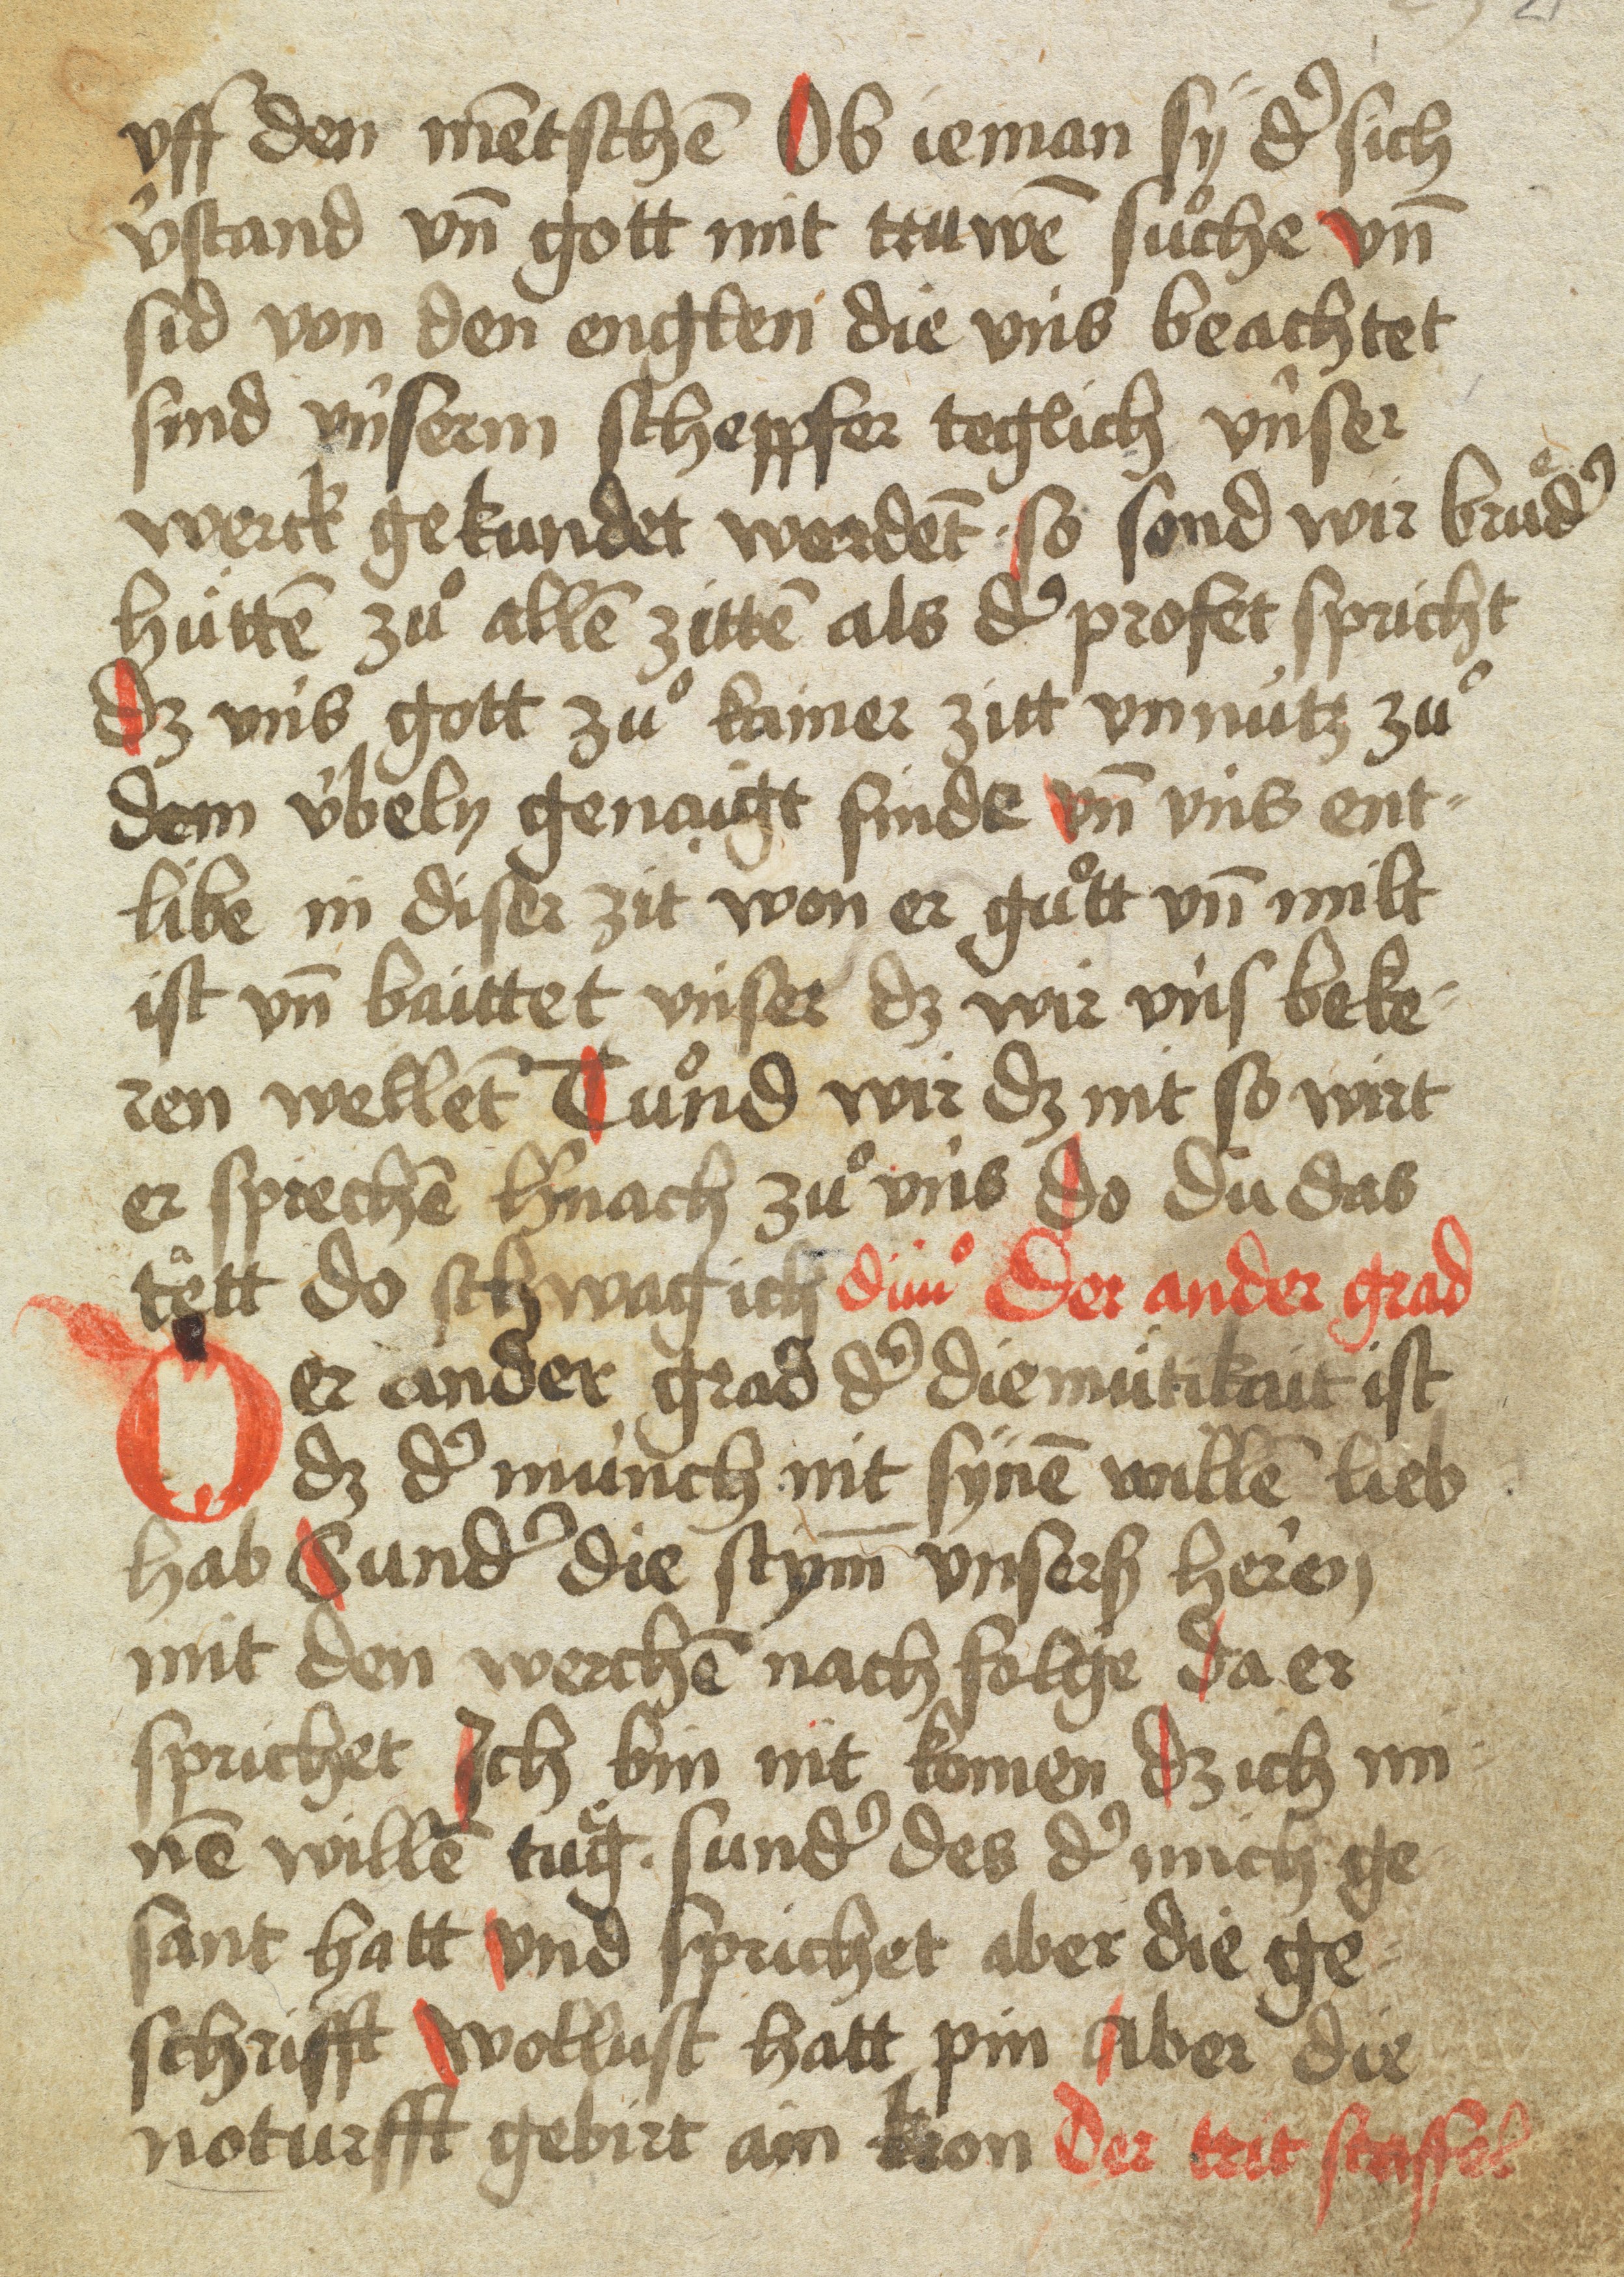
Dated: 1400–1599